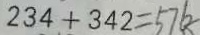
2 3 4 + 3 4 2 = 5 7 6